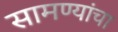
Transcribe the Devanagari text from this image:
सामण्यांचा